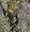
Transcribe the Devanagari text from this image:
प्रो॰सिब्ते